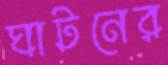
ঘাটনের